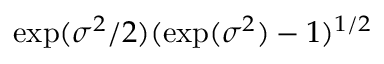
\exp ( \sigma ^ { 2 } / 2 ) ( \exp ( \sigma ^ { 2 } ) - 1 ) ^ { 1 / 2 }